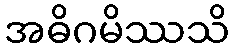
အဓိဂမိဿသိ